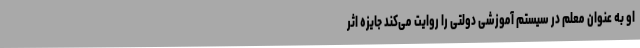
او به عنوان معلم در سیستم آموزشی دولتی را روایت ‌می‌کند جایزه اثر